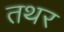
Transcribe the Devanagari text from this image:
तथर